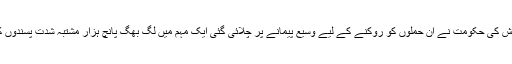
دو ہفتے قبل بنگلہ دیش کی حکومت نے ان حملوں کو روکنے کے لیے وسیع پیمانے پر چلائی گئی ایک مہم میں لگ بھگ پانچ ہزار مشتبہ شدت پسندوں کو گرفتار کر لیا ہے۔